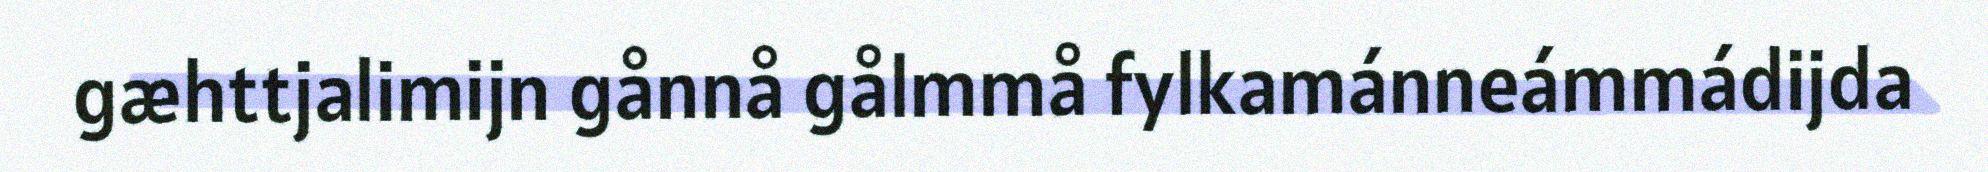
gæhttjalimijn gånnå gålmmå fylkamánneámmádijda